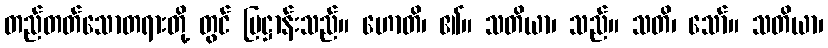
တည်တတ်သောတရားတို့ တွင် ပြဋ္ဌာန်းသည်။ ဟောတိ၊ ၏။ သတိယာ၊ သည်။ သတိ၊ သော်။ သတိယာ၊